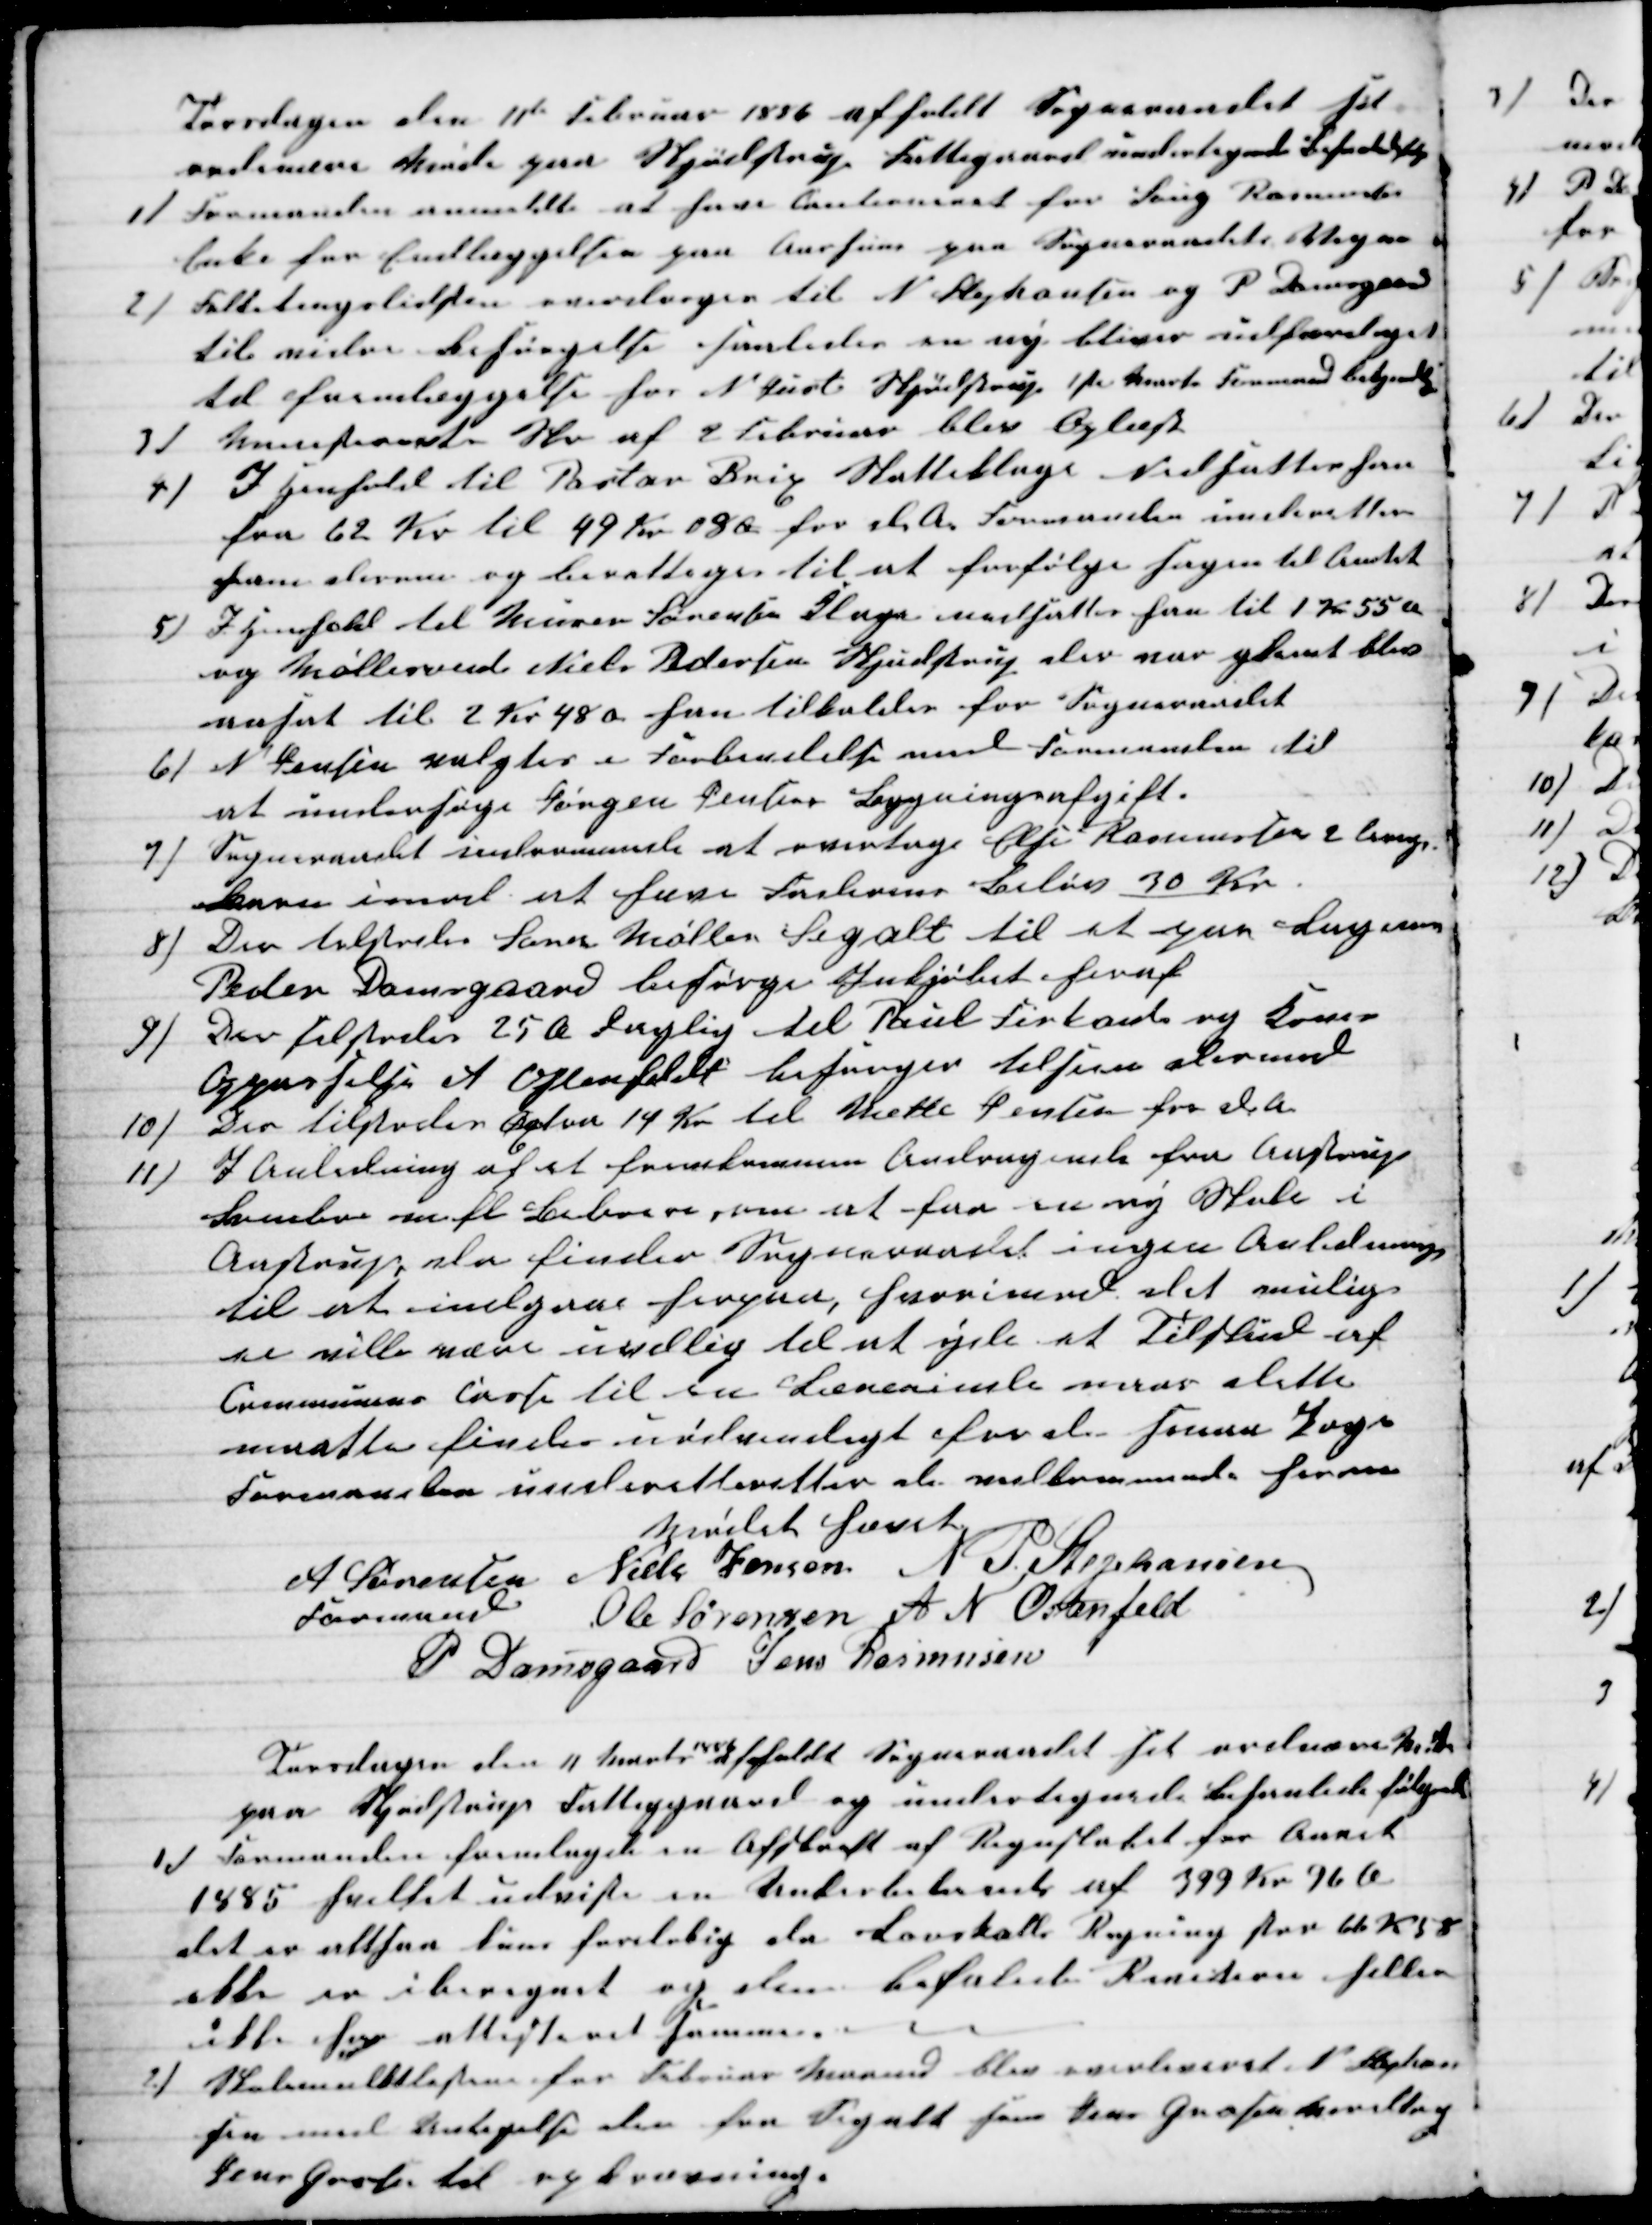
Transskription:
Torsdagen den 11te Februar 1886 afholdt Sogneraadet sit
ordinære Møde paa Skjødstrup Fattigaard undertegnede Behanlede følge
1) Formanden anmeldte at have Cautioneret for Saug Rasmussen
Enke for Indlæggelsen paa Aarhuus paa Sogneraadets Vegne
2)
Folketingslisten overdroges til N. Stephansen og P Damsgaard
til vidre Besørgelse saaledes en ny bliver udfærdiget
til fremlæggelse hos N Just Skjødstrup 1ste Marts Formand bekjendtg
3)
Ministeriets Skr af 2 Februar blev Oplæst
4)
I Henhold til Pastor Brix Skatteklage Nedsattes han
fra 62 Kr til 49 Kr 08 Ø for d A. Formanden underetter
ham derom og beretteges til at forfølge Sagen til Amtet
5) Henhold til Murer Sørensen Klage nedsattes han til 1 Kr 55 Ø
og Møllesvend Niels Pedersen Skjødstrup der var glemt blev
ansat til 2 Kr 48 ø han tilkaldes for Sogneraadet
6) N Jensen valgtes i Forbindelse med Formanden til
at undersøge Jørgen Jensens Bygningsafgift.
7)
Sogneraadet indrømmede at overtage Else Rasmussens 2 Uæg
Barn imod et hæve Faderens Beløb 30 Kr
8)
Der tilstodes Søren Møller Segalt til et par Lagener
Peder Damsgaard besørge Inkjøbet heraf
9)
Der tilstodes 25 Ø daglig til Paul Firkant og Kones
Oppasselse A Offenfeldt besørger tilsun dermed
10)
Der tilstodes Extra 14 Kr til Mette Jensen for d A
11)
I Anledning af et fremkommen Andragende fra Aastrup
Svinboe m fl Beboere, om at faa en ny Skole i
Aastrup, da finder Sogneraadet ingen Anledning
til at indgaae herpaa, hvorimod det mulig
ei ville være uvillig til at yde et Tilskud af
Communens Casse til en Lærerinde naar dette
maatte findes nødvendigt for de samme Poge
Formanden underetteretter de vedkommende herom
Mødet hævet
A Sørensen 
Formand
Niels Jensen N. P. Stephansen
Ole Sørensen A. N. Ostenfeld
P Damsgaard Jens Rasmusen
Torsdagen den 11 Marts 
1886
afholdt Sogneraadet sit ordinære Møde
paa Skjødstrup Fattiggaard og undertegnede behanlede følgende
1) Formanden fremlagde en Afskrift af Regnskabet for Aaret
1885 hvilket udviste en Underbalanse af 399 Kr 96 Ø
det er altsaa kuns forløbig da Lavskatte Regning stor 66 Kr 58
ekke er iberegnet og den befalede Revision heller
ikke har attesteret samme.
2) Skolemulktlisten for Februar Maaned blev overleveret N Stephan-
sen med Untagelse den for Segalt som Jens Grosen overdrog
Jens Grosen til opkrævning